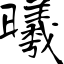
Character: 曦